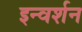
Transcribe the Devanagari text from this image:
इन्वर्शन